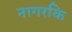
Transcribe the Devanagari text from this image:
नागरकि